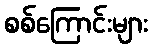
စစ်ကြောင်းများ